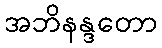
အဘိနန္ဒတော